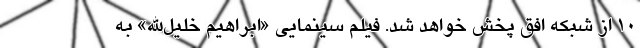
۱۰ از شبکه افق پخش خواهد شد. فیلم سینمایی «ابراهیم خلیل‌الله» به